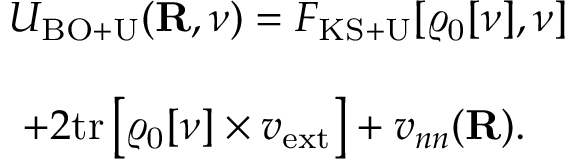
\begin{array} { l } { { \displaystyle { \cal U } _ { \mathrm { B O + U } } ( { \bf R } , \nu ) = { \cal F } _ { \mathrm { K S + U } } [ \varrho _ { \mathrm { 0 } } [ \nu ] , \nu ] } } \\ { ~ ~ } \\ { { \displaystyle ~ + 2 \mathrm { t r } \left[ \varrho _ { \mathrm { 0 } } [ \nu ] \times v _ { \mathrm { e x t } } \right] + v _ { n n } ( { \bf R } ) . } } \end{array}